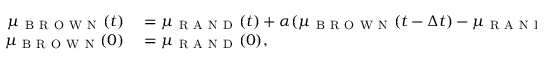
\begin{array} { r l } { \mu _ { \mathrm { ~ B ~ R ~ O ~ W ~ N ~ } } ( t ) } & { { } = \mu _ { \mathrm { ~ R ~ A ~ N ~ D ~ } } ( t ) + \alpha ( \mu _ { \mathrm { ~ B ~ R ~ O ~ W ~ N ~ } } ( t - \Delta t ) - \mu _ { \mathrm { ~ R ~ A ~ N ~ D ~ } } ( t ) ) + \beta \epsilon ( t ) , \quad \epsilon ( t ) \sim \mathcal { U } ( [ - 1 , 1 ] ) , } \\ { \mu _ { \mathrm { ~ B ~ R ~ O ~ W ~ N ~ } } ( 0 ) } & { { } = \mu _ { \mathrm { ~ R ~ A ~ N ~ D ~ } } ( 0 ) , } \end{array}